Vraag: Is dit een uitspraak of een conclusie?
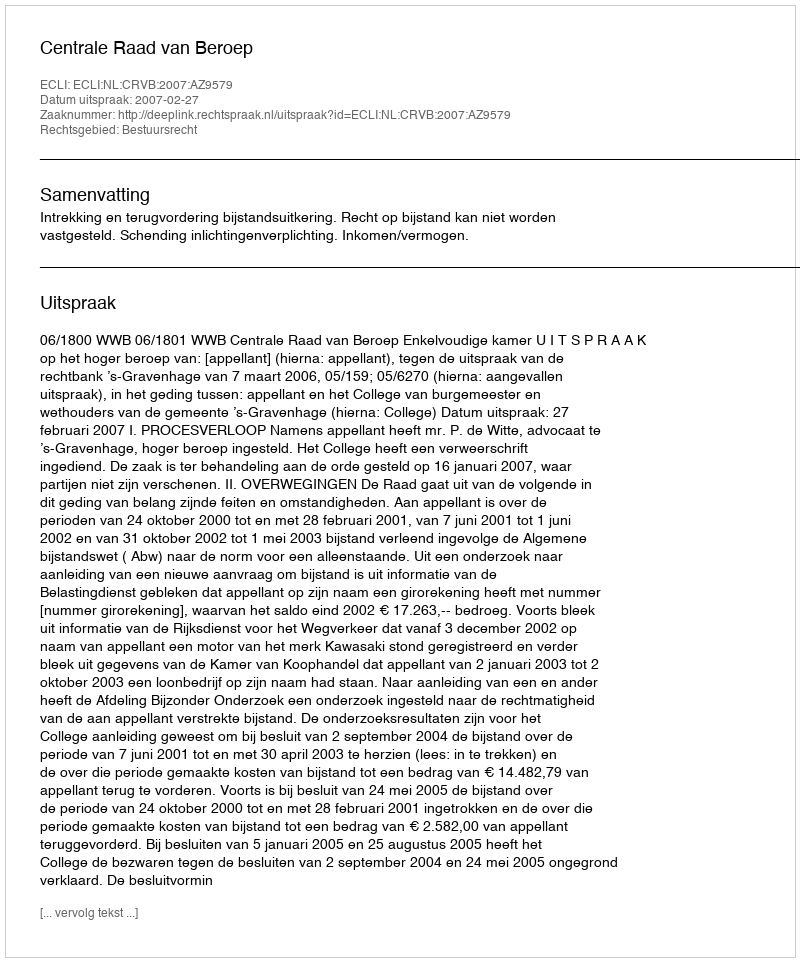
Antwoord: Uitspraak